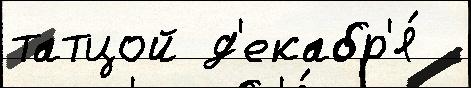
татцой д'екабр'я́